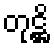
တုဋ္ဌိ